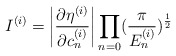
\begin{align*}I^{(i)}=\left| \frac{\partial\eta^{(i)}}{\partial c^{(i)}_n}\right| \prod_{n=0}(\frac{\pi}{E^{(i)}_n})^{\frac{1}{2}}\end{align*}